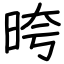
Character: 晇